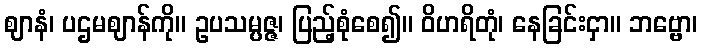
ဈာနံ၊ ပဌမဈာန်ကို။ ဥပသမ္ပဇ္ဇ၊ ပြည့်စုံစေ၍။ ဝိဟရိတုံ၊ နေခြင်းငှာ။ ဘဗ္ဗော၊